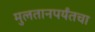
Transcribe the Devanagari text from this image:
मुलतानपर्यंतचा